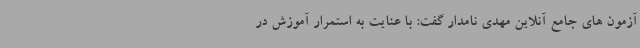
آزمون های جامع آنلاین مهدی نامدار گفت: با عنایت به استمرار آموزش در